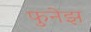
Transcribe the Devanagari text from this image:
फुनेझ